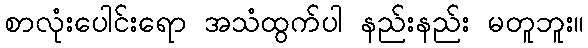
စာလုံးပေါင်းရော အသံထွက်ပါ နည်းနည်း မတူဘူး။